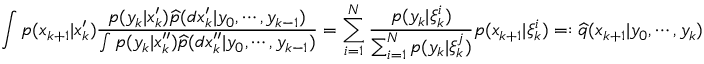
\int p ( x _ { k + 1 } | x _ { k } ^ { \prime } ) { \frac { p ( y _ { k } | x _ { k } ^ { \prime } ) { \widehat { p } } ( d x _ { k } ^ { \prime } | y _ { 0 } , \cdots , y _ { k - 1 } ) } { \int p ( y _ { k } | x _ { k } ^ { \prime \prime } ) { \widehat { p } } ( d x _ { k } ^ { \prime \prime } | y _ { 0 } , \cdots , y _ { k - 1 } ) } } = \sum _ { i = 1 } ^ { N } { \frac { p ( y _ { k } | \xi _ { k } ^ { i } ) } { \sum _ { i = 1 } ^ { N } p ( y _ { k } | \xi _ { k } ^ { j } ) } } p ( x _ { k + 1 } | \xi _ { k } ^ { i } ) = : { \widehat { q } } ( x _ { k + 1 } | y _ { 0 } , \cdots , y _ { k } )